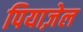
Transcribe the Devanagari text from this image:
पियाज़ेल